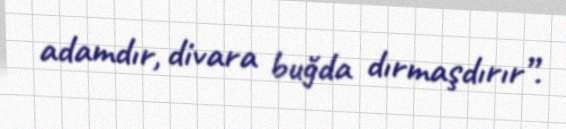
adamdır, divara buğda dırmaşdırır”.